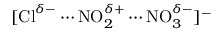
[ \mathrm { C l } ^ { \delta - } \cdots \mathrm { N O } _ { 2 } ^ { \delta + } \cdots \mathrm { N O } _ { 3 } ^ { \delta - } ] ^ { - }